65_HS1-834228961_62-HQ-83894_Section_5
Agency: FBI
Page 178
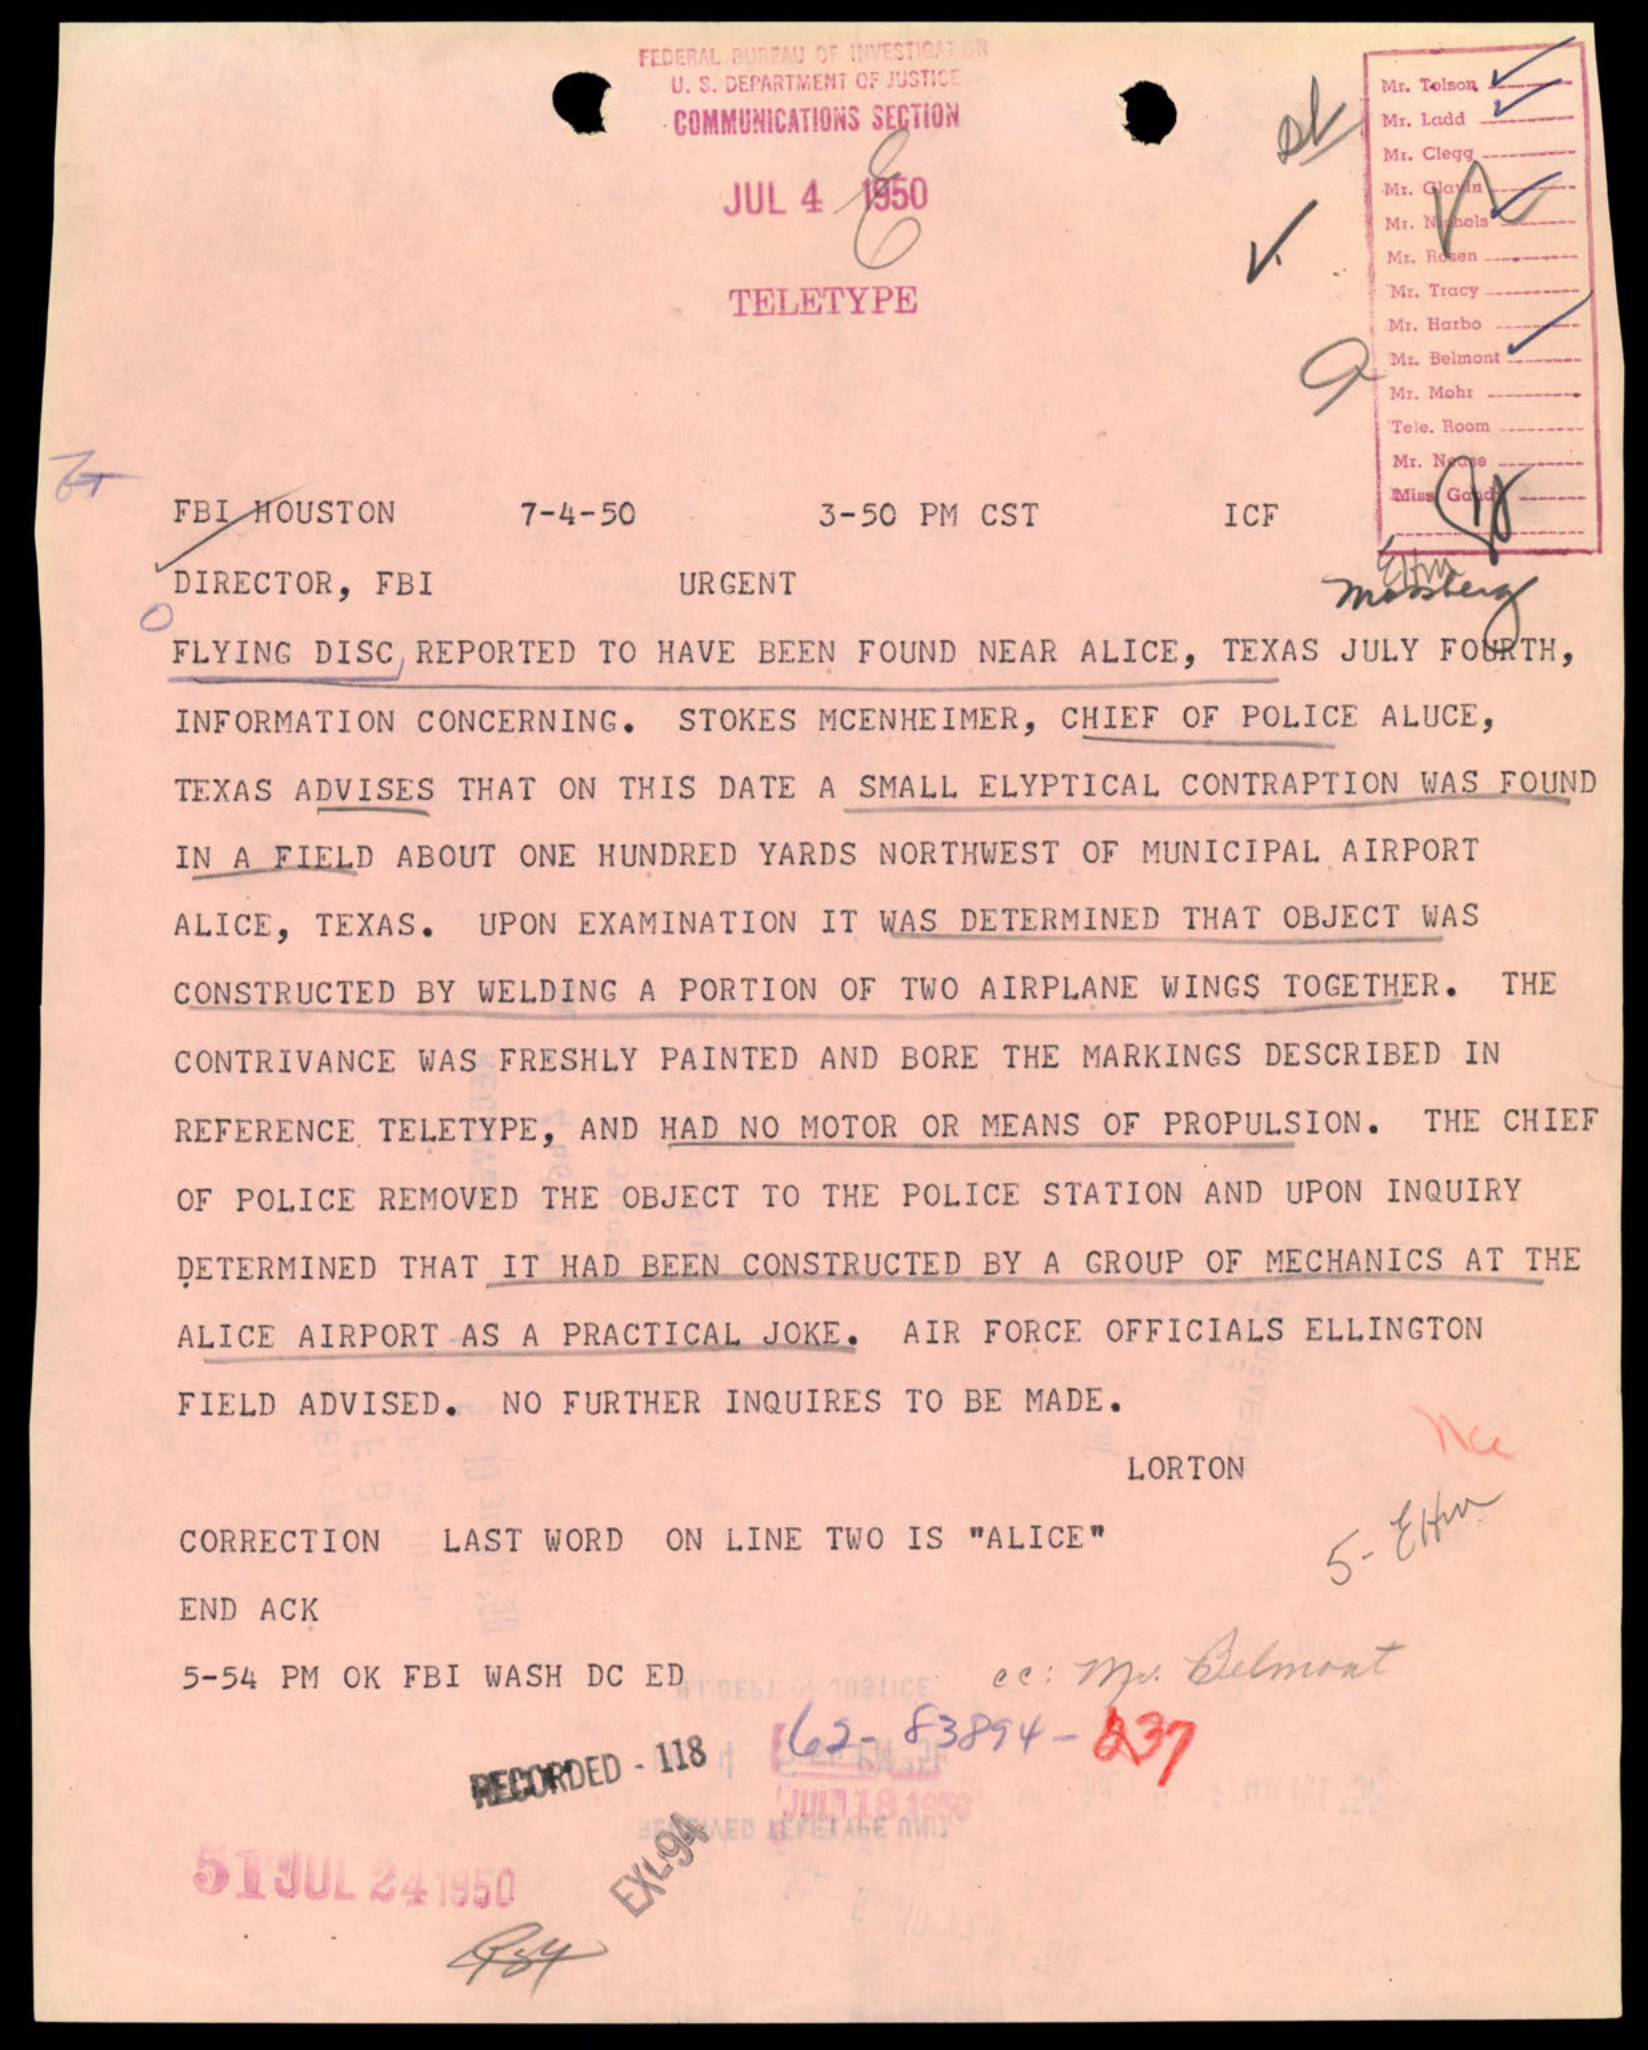